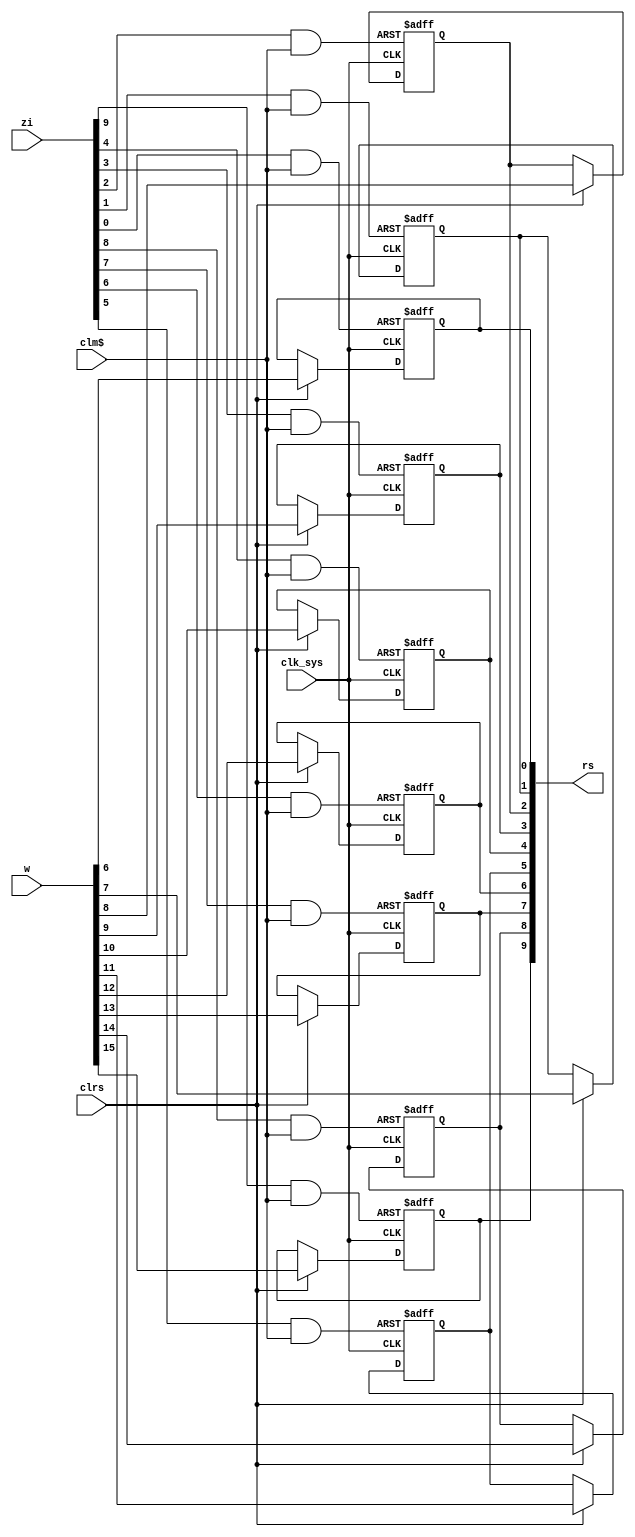
// This program was cloned from: https://github.com/jakubfi/mera400f
// License: GNU General Public License v2.0

// Interrupt mask register

module rm(
	input clk_sys,
	input clm$,
	input clrs,
	input [0:9] zi,
	input [0:15] w,
	output reg [0:9] rs
);

	genvar num;
	generate
		for (num=0 ; num<10 ; num=num+1) begin : REG_RM
			wire rm_reset = zi[num] & clm$;
			always @ (posedge clk_sys, posedge rm_reset) begin
				if (rm_reset) rs[num] <= 1'b0;
				else if (clrs) rs[num] <= w[num];
			end
		end
	endgenerate

endmodule

// vim: tabstop=2 shiftwidth=2 autoindent noexpandtab